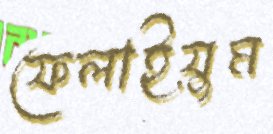
ফেলাইয়ুম